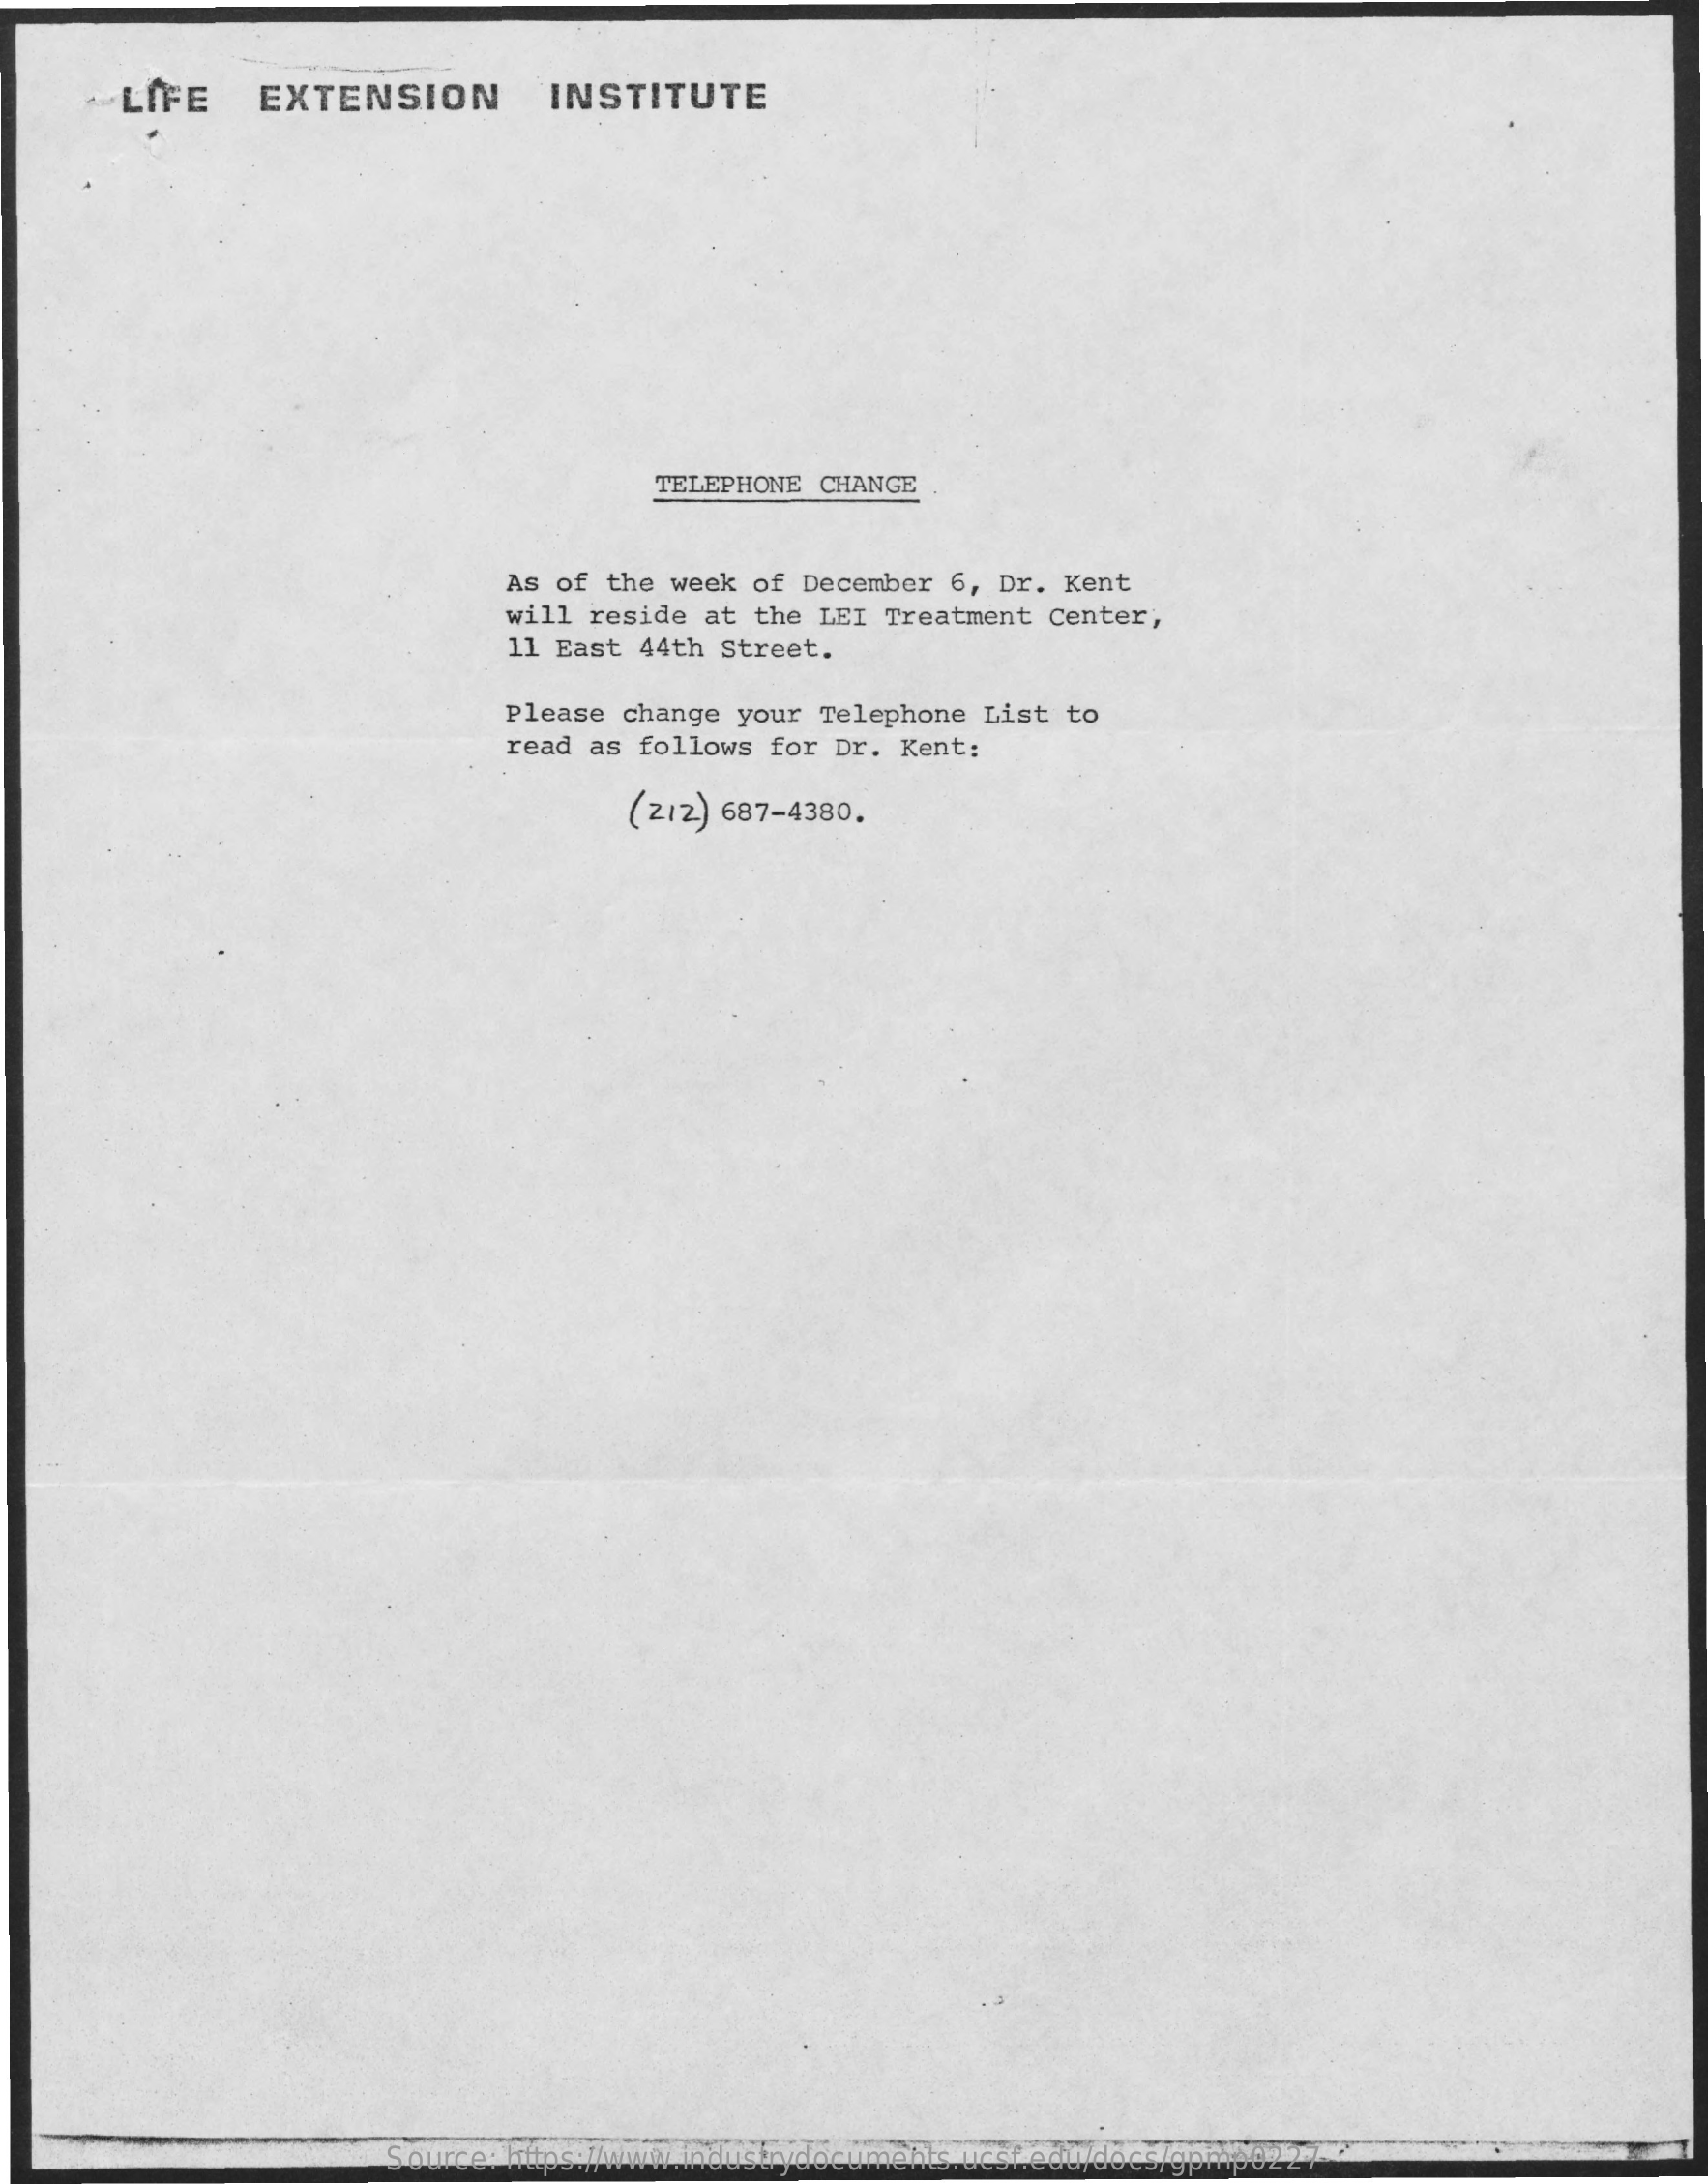
LIFE    EXTENSION    INSTITUTE
     TELEPHONE CHANGE
     As of the week  of December 6, Dr. Kent
     will reside at  the LEI Treatment Center,
     11 East 44th  Street.
     Please change  your Telephone List  to
     read as follows for Dr. Kent:
     (212) 687-4380.
     Source: https://www.industrydocuments.ucsf.edu/docs/gpmp0227